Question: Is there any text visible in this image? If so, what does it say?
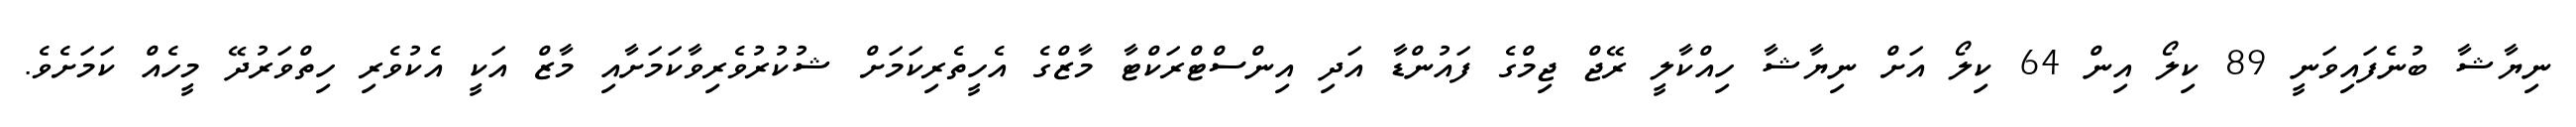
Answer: ނިޔާޝާ ބުނެފައިވަނީ 89 ކިލޯ އިން 64 ކިލޯ އަށް ނިޔާޝާ ހިއްކާލީ ރޭޖް ޖިމްގެ ފައުންޑާ އަދި އިންސްޓްރަކްޓާ މާޒްގެ އެހީތެރިކަމަށް ޝުކުރުވެރިވާކަމަށާއި މާޒް އަކީ އެކުވެރި ހިތްވަރުދޭ މީހެއް ކަމަށެވެ.